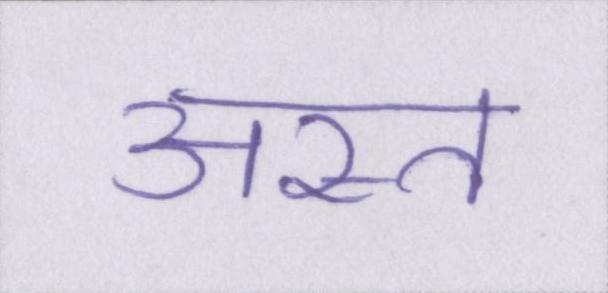
अस्त